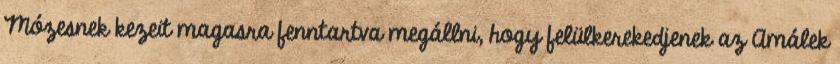
Mózesnek kezeit magasra fenntartva megállni, hogy felülkerekedjenek az Amálek